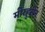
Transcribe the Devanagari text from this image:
मीरहुसेन